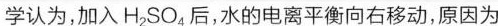
学认为，加入H_{2}SO_{4}后，水的电离平衡向右移动，原因为